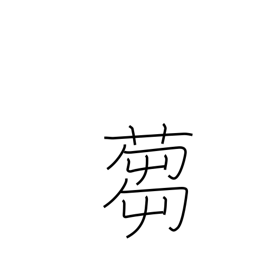
Meaning: to cut grass